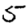
Digit: 5